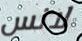
لانس